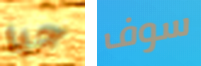
جيا سوف